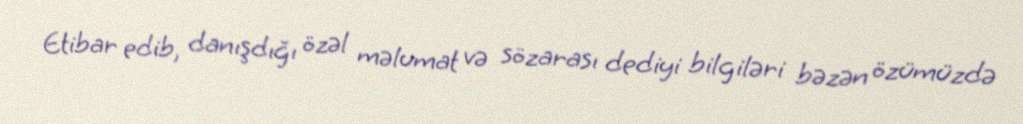
Etibar edib, danışdığı özəl məlumat və sözarası dediyi bilgiləri bəzən özümüzdə